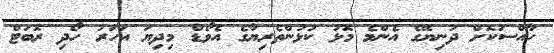
ހާއްސަކޮށް ދުނިޔޭގެ އެންމެ މޮޅު ކުޅުންތެރިޔާގެ އެވޯޑް މިދިޔަ އަހަރު ހޯދި ރޮބަޓް